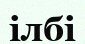
ілбі